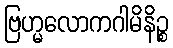
ဗြဟ္မလောကဂါမိနိဉ္စ